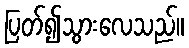
ပြတ်၍သွားလေသည်။